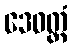
ဒေဝတ္တံ